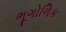
ભૂગોળિક